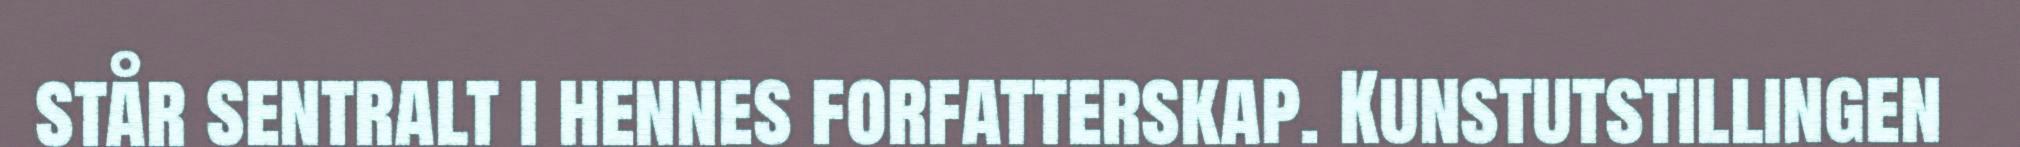
står sentralt i hennes forfatterskap. Kunstutstillingen